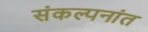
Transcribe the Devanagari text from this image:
संकल्पनांत